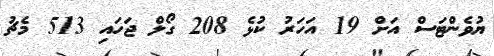
ޔުވެންޓަސް އަށް 19 އަހަރު ކުޅެ 208 ގޯލް ޖަހައި 513 މެޗު